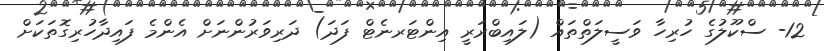
12- ސްކޫލުގެ ހުރިހާ ވަސީލަތްތައް (ލައިބްރަރީ އިންޓަރނެޓް ފަދަ) ދަރިވަރުންނަށް އެންމެ ފައިދާހުރިގޮތަކަށް